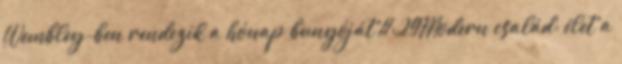
Wembley-ben rendezik a hónap bunyóját 11:29Modern család: élet a